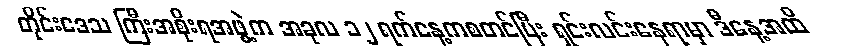
တိုင်းဒေသ ကြီးအစိုးရအဖွဲ့က အခုလ ၁၂ ရက်နေ့ကစတင်ပြီး ရှင်းလင်းနေရာမှာ ဒီနေ့အထိ